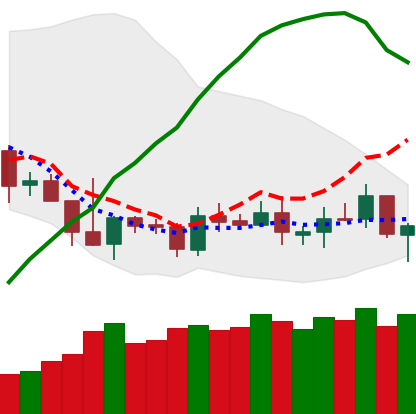
Ticker: TRX-USD
Chart end date: 2019-05-10
Forward return: 32.757%
Label: up_7plus